Lunatic asylums in Bengal annual reports 1912-1924 - 1912-1924
Year: 1912
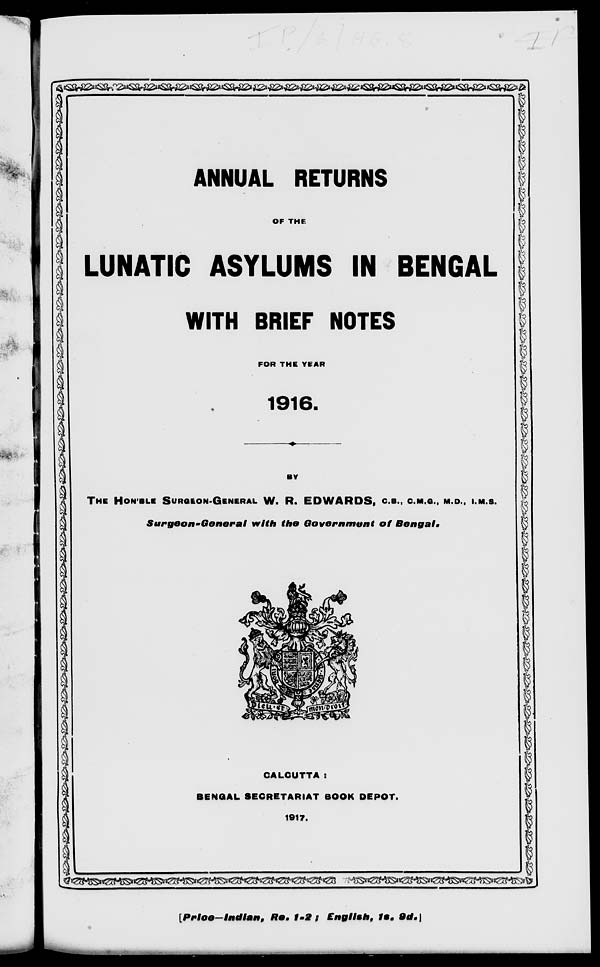
ANNUAL RETURNS
OF THE
LUNATIC ASYLUMS IN BENGAL
WITH BRIEF NOTES
FOR THE YEAR
1916.
BY
THE HON'BLE SURGEON-GENERAL W. R. EDWARDS, C.B.,C.M.G., M.D., I.M.S.
Surgeon-General
with the Government
of
Bengal.
CALCUTTA :
BENGAL SECRETARIAT BOOK DEPOT.
1917.
[Price—Indian, Re. 1-2 ; English, 1s. 9d.]